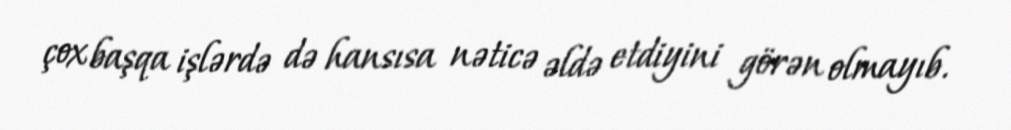
çox başqa işlərdə də hansısa nəticə əldə etdiyini görən olmayıb.